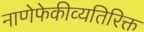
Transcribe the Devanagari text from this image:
नाणेफेकीव्यतिरिक्त